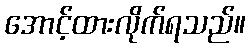
အောင့်ထားလိုက်ရသည်။